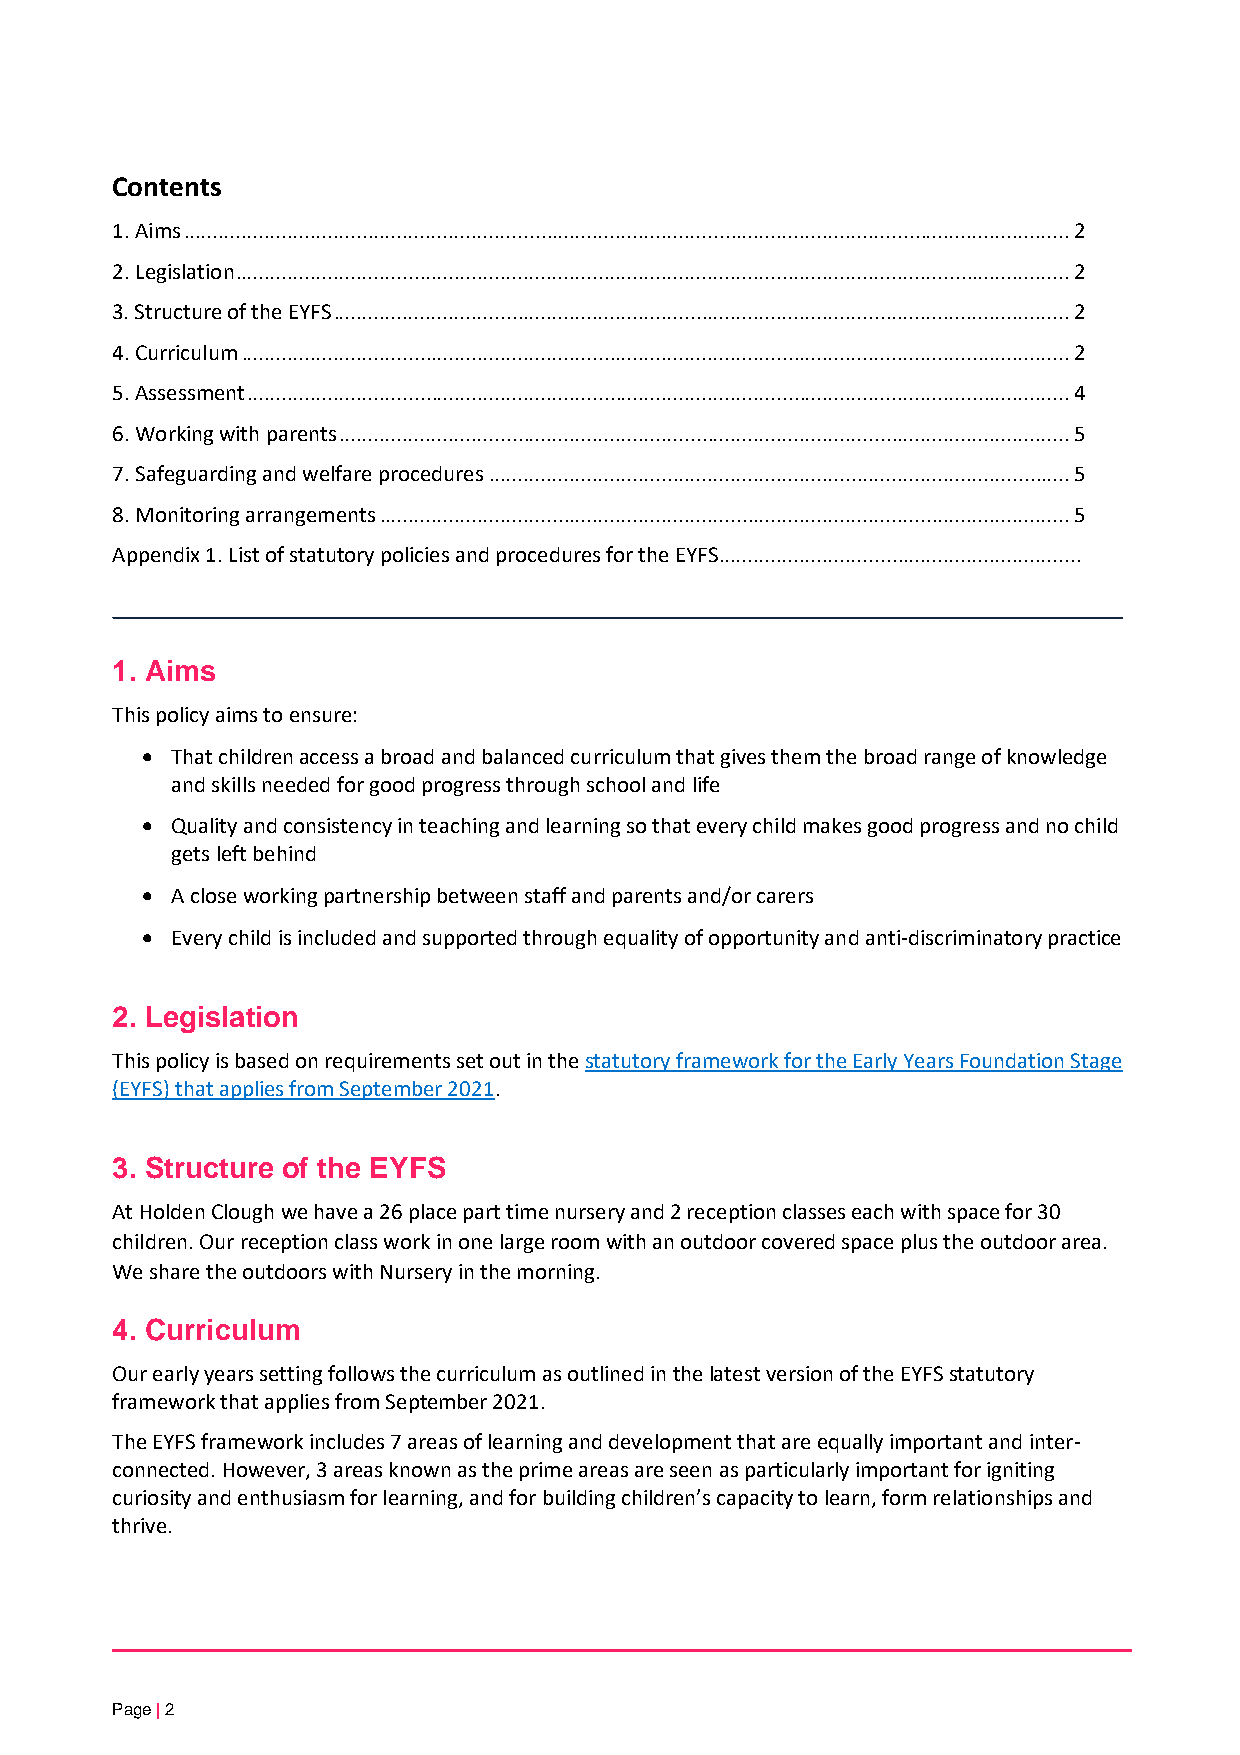
Contents
 1. Aims .......................................................................................................................................................... 2
 2. Legislation ................................................................................................................................................. 2
 3. Structure of the EYFS ................................................................................................................................ 2
 4. Curriculum ................................................................................................................................................ 2
 5. Assessment ............................................................................................................................................... 4
 6. Working with parents ............................................................................................................................... 5
 7. Safeguarding and welfare procedures ..................................................................................................... 5
 8. Monitoring arrangements ........................................................................................................................ 5
 Appendix 1. List of statutory policies and procedures for the EYFS ...............................................................
 1. Aims
 This policy aims to ensure:
 • That children access a broad and balanced curriculum that gives them the broad range of knowledge
 and skills needed for good progress through school and life
 • Quality and consistency in teaching and learning so that every child makes good progress and no child
 gets left behind
 • A close working partnership between staff and parents and/or carers
 • Every child is included and supported through equality of opportunity and anti-discriminatory practice
 2. Legislation
 This policy is based on requirements set out in the statutory framework for the Early Years Foundation Stage
 (EYFS) that applies from September 2021.
 3. Structure of the EYFS
 At Holden Clough we have a 26 place part time nursery and 2 reception classes each with space for 30
 children. Our reception class work in one large room with an outdoor covered space plus the outdoor area.
 We share the outdoors with Nursery in the morning.
 4. Curriculum
 Our early years setting follows the curriculum as outlined in the latest version of the EYFS statutory
 framework that applies from September 2021.
 The EYFS framework includes 7 areas of learning and development that are equally important and inter-
 connected. However, 3 areas known as the prime areas are seen as particularly important for igniting
 curiosity and enthusiasm for learning, and for building children’s capacity to learn, form relationships and
 thrive.
 Page | 2